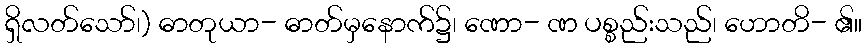
ရှိလတ်သော်၊) ဓာတုယာ- ဓာတ်မှနောက်၌၊ ဏော- ဏ ပစ္စည်းသည်၊ ဟောတိ- ၏။